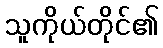
သူကိုယ်တိုင်၏